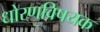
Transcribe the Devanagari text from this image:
धोरणविषयक